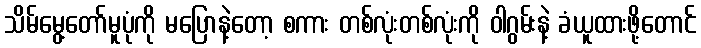
သိမ်မွေ့တော်မူပုံကို မပြောနဲ့တော့ စကား တစ်လုံးတစ်လုံးကို ဝါဂွမ်းနဲ့ ခံယူထားဖို့တောင်